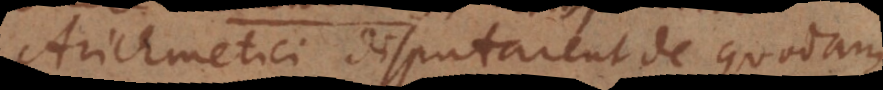
Arithmetici disputarent de quodam